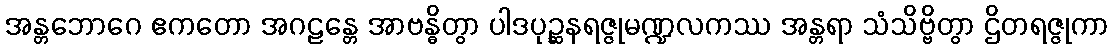
အန္တဘောဂေ ဧကတော အဂဠန္တေ အာဗန္ဓိတွာ ပါဒပုဉ္ဆနရဇ္ဇုမဏ္ဍလကဿ အန္တရာ သံသိဗ္ဗိတွာ ဌိတရဇ္ဇုကာ